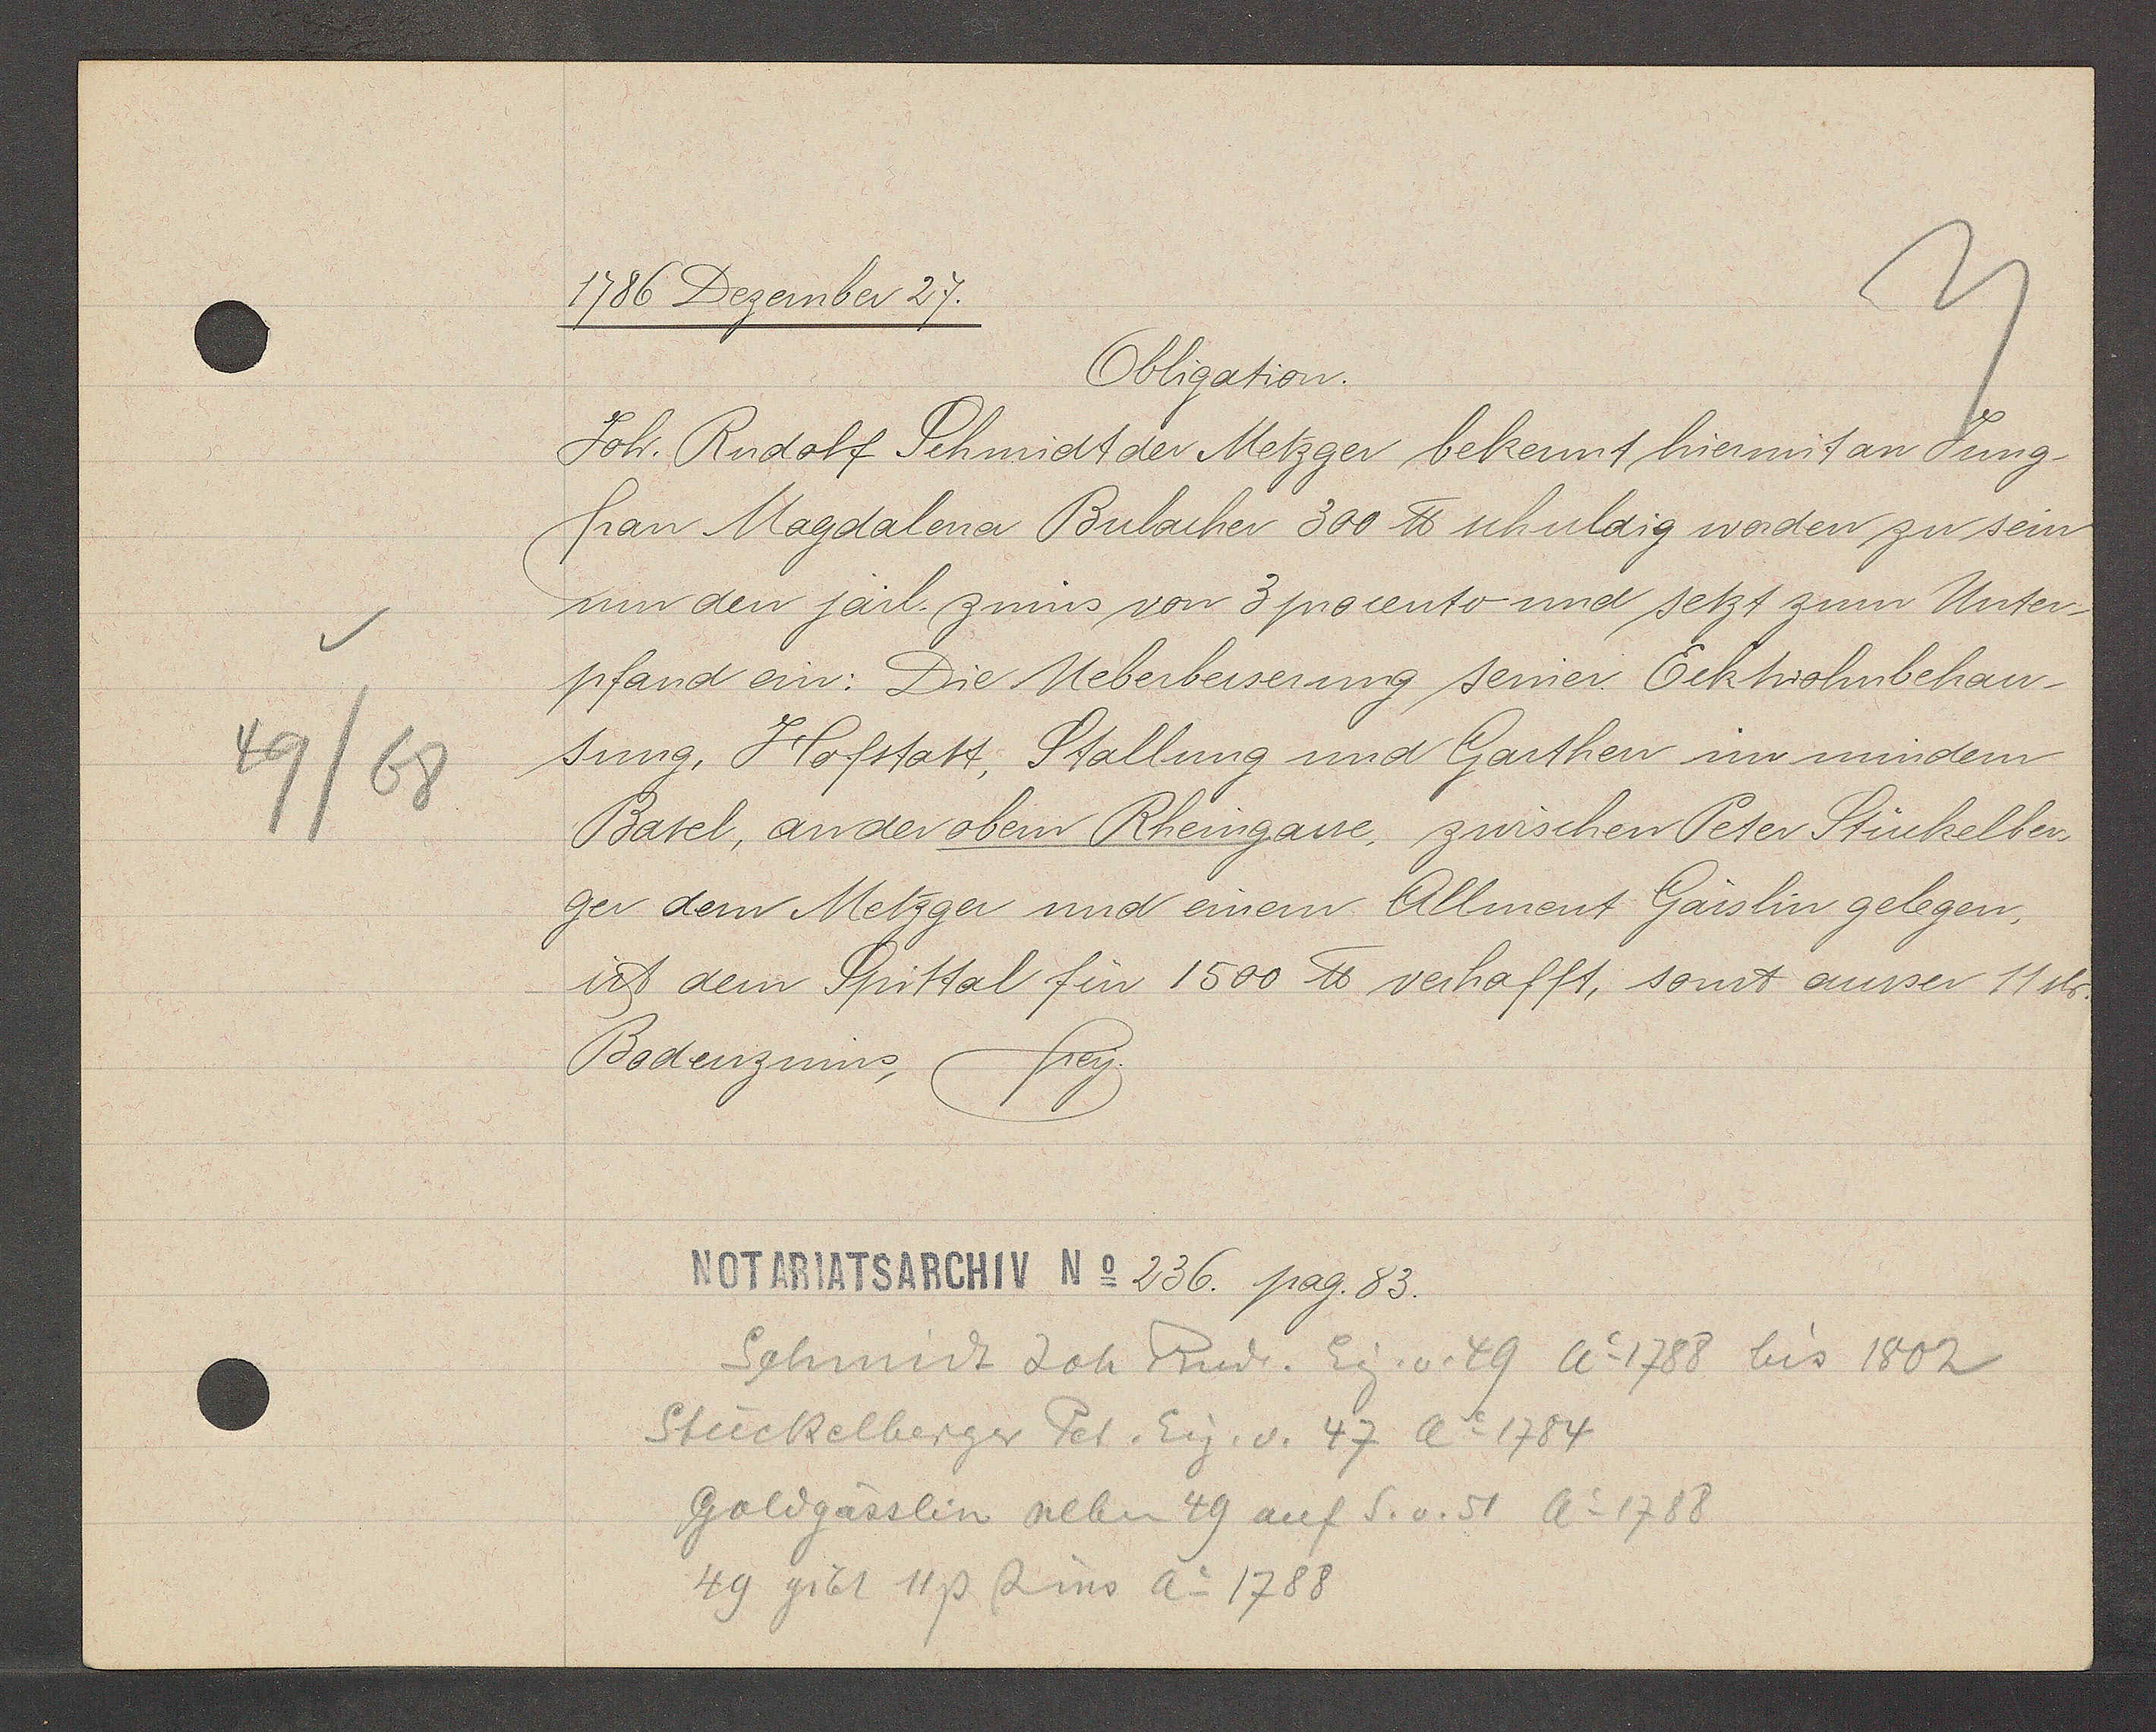
Transcript:
49/68

1786 Dezember 27.

Obligation.
Joh. Rudolf Schmidt der Metzger bekennt hiermit an Jung
frau Magdalena Bulacher 300 ℔ schuldig worden zu sein
um den järl. zinns von 3 procento und setzt zum Unter¬
pfand ein: Die Ueberbesserung seiner Eckhohnbehau¬
sung, Hofstatt, Stallung und Garthen im mindern
Basel, an der obern Rheingasse, zwischen Peter Stückelber¬
ger dem Metzger und einem Allment Gässlin gelegen,
ist dem Spittal für 1500 ℔ verhafft, sonst ausser 11 sh.
Bodenzinns, frey.

Notariatsarchiv No 236. pag. 83.

Schmidt Joh Rudr. Eig. v. 49 Ao 1788 bis 1802
Stückelberger Pet. Eig. v. 47 Ao 1784
Goldgässlin neben 49 auf S. v. 51 Ao 1788
49 gibt 11p Zins Ao 1788